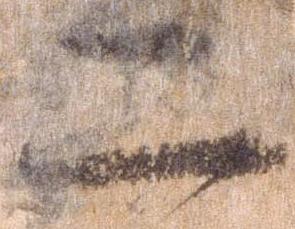
二